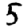
Digit: 5